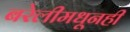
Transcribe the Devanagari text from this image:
बरेलीमधूनही